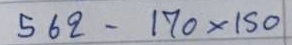
562 - 170 x 150